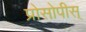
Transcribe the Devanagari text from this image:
प्रोसोपीस्